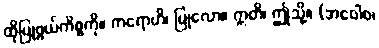
ထိုပြုဖွယ်ကိစ္စကို။ ကရောဟိ၊ ပြုလော။ ဣတိ၊ ဤသို့။ (အဝေါစ၊